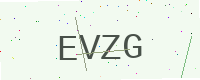
Text: EVZG